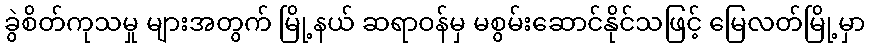
ခွဲစိတ်ကုသမှု များအတွက် မြို့နယ် ဆရာဝန်မှ မစွမ်းဆောင်နိုင်သဖြင့် မြေလတ်မြို့မှာ